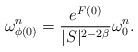
\begin{align*}\omega^n_{\phi(0)}=\frac{e^{F(0)}}{|S|^{2-2\beta}}\omega^n_{0}.\end{align*}